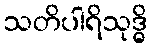
သတိပါရိသုဒ္ဓိ